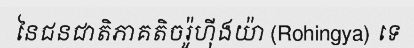
នៃជនជាតិភាគតិចរ៉ូហ៊ីងយ៉ា (Rohingya) ទេ